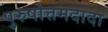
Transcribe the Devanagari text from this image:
पुरुषोत्तमदादा